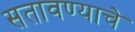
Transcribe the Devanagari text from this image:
सतावण्याचे